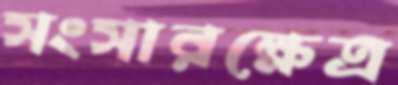
সংসারক্ষেত্র